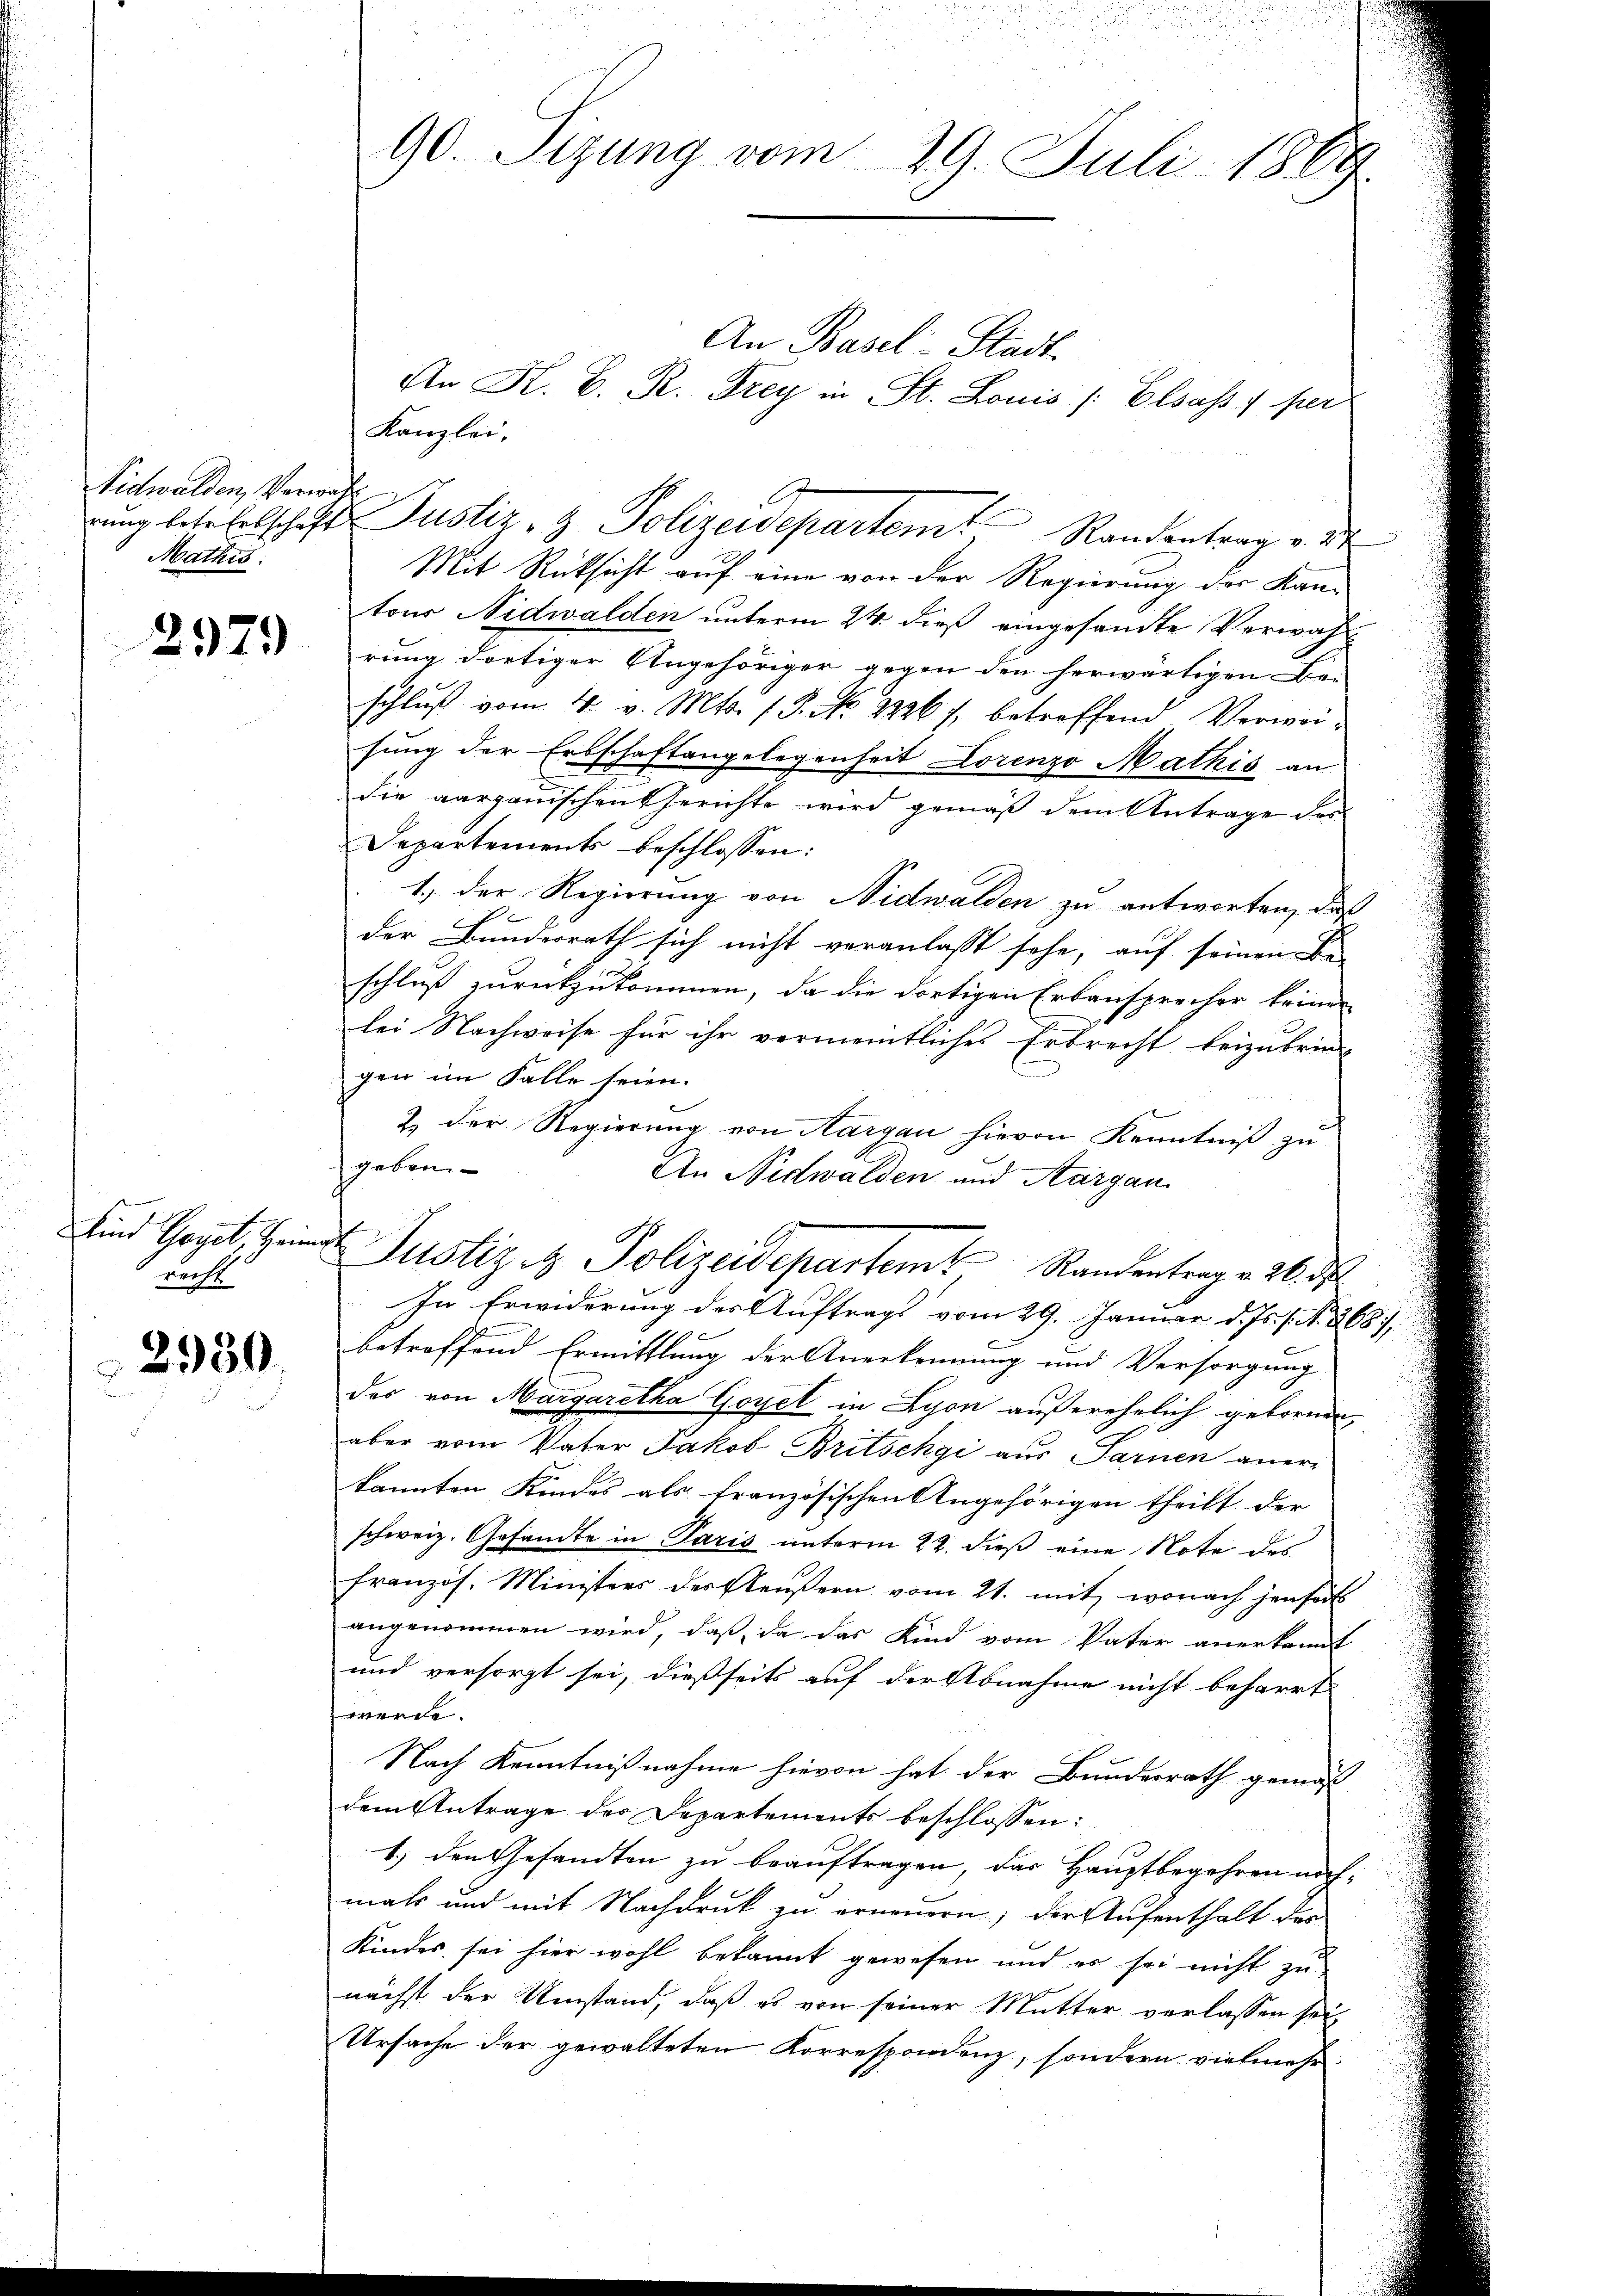
Nidwalden, Verwahl
Mathis

297)

sind Goget, Heim
recht

2950.

An Basel-Stadt
An K. B. R. Drey in St. Louis /: Elsass 1 per
Kanzlei,
rung betr. Entschaft Justiz- & Polizeidepartem Randentrag v. 2
Mit Rücksicht auf eine von der Regierung der Kan-
tour Nidwalden unterm 24. dieß eingesandte Verwahl
rung dortiger Ungehöriger gegen den herwärtigen Be-
schlŭβ vom 4. v. Mts. 1. P. No 2236 s. betreffend Verwei-
sung der Erbschaftangelegenheit Lorenzo Mathis an
die aargauischen Gerichte wird gemäß dem Antrage des
Departements beschlossen:
1.) Der Regierung von Nidwalden zu antworten, daß
c
der Bunderrath sich nicht veranlasst sehe, auf seinen Be-
schluß zurückzukommen, da die dortigen Erbansprecher keiner
lei Nachweise für ihr vermeintliches Erbrecht beizubringen im Falle seien.
& der Regierung von Hargau hievon Kenntniß zu
geben.
An Nidwalden und Aargau
Justiz & Polizeidepartemt, Randentrag v. 26. ds.
In Erwiderung des Auftrags vom 29. Januar d. Js. s. N. 368/
betreffend Ermittlung der Anerkennung und Versorgung
des von Margaretha Geyel in Lyon außerehelich gebornen
aber vom Vater Jakob Britschgi aus Sarnen aner-
kannten Kindes als französischen Angehörigen theilt der
schweiz. Gesandte in Paris unterm 22. dieß eine Note des
französ. Ministers des Aeußern vom 21. mit, wonach jensat
angenommen wird, daß, da das Kind vom Vater anerkannt
und versorgt sei, dießseits auf der Abnahme nicht beharrt
werde.
Nach Kenntnißnahme hievon hat der Bundesrath gemäß
dem Antrage der Departements beschlossen:
1.) den Gesandten zu beauftragen, das Hauptbegehren nachmals und mit Nachdruck zu erneuern; der Aufenthalt der
Kindes sei hier wohl bekannt gewesen und es sei nicht zu
nächst der Umstand, daß es von seiner Mutter verlassen sei,
Ursache der gewalteten Korrespondenz, sondern vielmehr

90. Sizung vom 29. Juli 1869